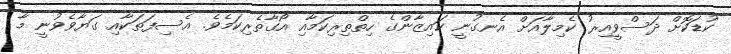
ކުޑަކޮށް ދަސްވީއިރު ކެމިލާއަށް އެނގުނީ ކައިޒާންގެ ހިތްތިރިކަމާއި އޯގާތެރިކަމެވެ. އެސިފަތަކާއި ގަޔާވެވުނީ މާ